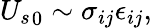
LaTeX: {U_{s}}_{0}\sim\sigma_{ij}\epsilon_{ij},